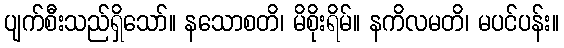
ပျက်စီးသည်ရှိသော်။ နသောစတိ၊ မိစိုးရိမ်။ နကိလမတိ၊ မပင်ပန်း။